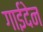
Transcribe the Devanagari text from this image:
गाईदेन